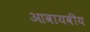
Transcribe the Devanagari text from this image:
आवायवीय